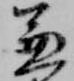
兼